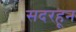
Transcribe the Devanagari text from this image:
सदरहून